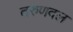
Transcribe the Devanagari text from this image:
तरुणदल